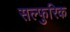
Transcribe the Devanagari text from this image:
सल्फुरिक